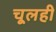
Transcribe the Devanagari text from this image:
चूलही